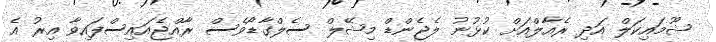
ޝޫމައިކަލް އަދި ރެއާލްއަށް ކުޅުނު ލެޖެންޑް މިޝޭލް ސެލްގާޑޯވެސް ރާއްޖެއައިސްފައިވާ އިރު އެ